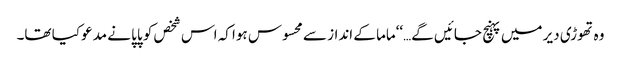
وہ تھوڑی دیر میں پہنچ جائیں گے…‘‘ماما کے انداز سے محسوس ہوا کہ اس شخص کو پاپا نے مدعو کیا تھا۔